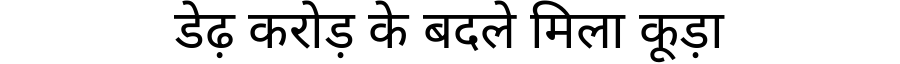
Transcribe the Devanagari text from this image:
डेढ़ करोड़ के बदले मिला कूड़ा